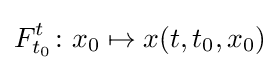
F_{t_{0}}^{t}\colon x_{0}\mapsto x(t,t_{0},x_{0})